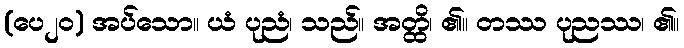
(ပေ၂၀) အပ်သော။ ယံ ပုညံ၊ သည်။ အတ္ထိ၊ ၏။ တဿ ပုညဿ၊ ၏။